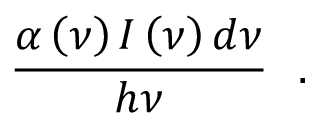
\frac { \alpha \left( \nu \right) I \left( \nu \right) d \nu } { h \nu } ~ ~ .